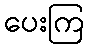
ပေးကြ